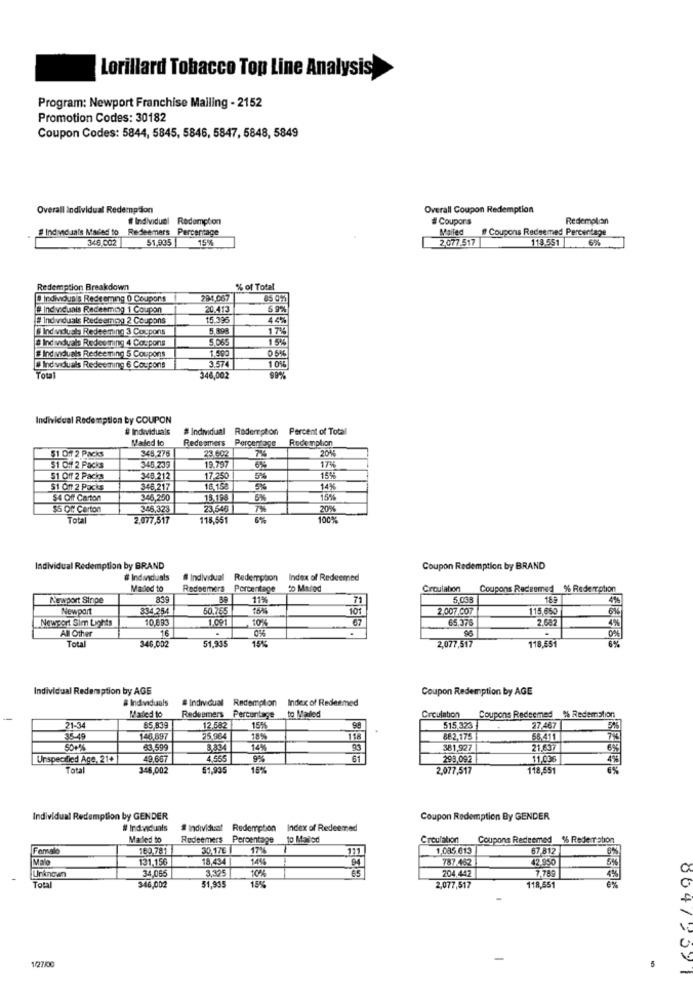
Lorillard Tobacco Top Line Analysis
Program: Newport Franchise Malling - 2152
Promotion Codes: 30182
Coupon Codes: 5844, 5845, 5846, 5847, 5848, 5849
Overall individual Redemption
Overall Coupon Redemption
# Individual
Redemption
#Coupors
Redemption
# Individuals Mailed to
Redeemers Percentage
Mailed
Coupons Redeemed Percentage
346.002
51.935
15%
2,077.517
118.551 6%
Redemption Breakdown
% of Total
individuais Redeeming 0 Coupons
201.067
85 0%%
# Individuals Redeeming 1 Coupon
20.413
5 9%
# Individuals Redeeming 2 Coupons
15.335
44%
S Indvidushs Redeeming 3 Cospons
5,898
17%
Individual Redeeming 4 Cosports
5.065
15%
05%
# Indanduals Redeeming 5 Coupons
1574
1 0%
# Individuals Redeeming 6 Coupons
Total
348,002
Individual Redemption by COUPON
# Individuals
# Individual
Redemption
Percent of Total
Maled to
Redesmers
Percentage
Redemplion
51 Of 2 Packs
345.276
23.602
74
20%
17%
$1 Off 2 Packs
346.239
19.797
5%
$1 Off 2 Packs
348 212
17-250
5%
155
S1 On 2 Packs
346,217
18.158
5%
14%
$4 Off Carton
346,250
15.194
15%
$5 Off Carton
346,323
23,546
20%
Total
2.077,517
118,551
6%
100%
Individual Redemption by BRAND
Coupon Redemption by BRAND
# Indanduals
# Individual
Rederrpoon
Index of Redeemed
Mailed to
Redeemers
Percentage
to Marod
Circulahon
Coupons Redeemed %% Rede Tption
Newport Stripe
11%
71
5,033
Newport
334.254
50.765
101
2.007.007
15.650
Newport Sim Lights
10,893
1.091
10%
67
65.376
2.587
All Other
.
51.935
0%
15%
96
118,551
0%
Tota
346,002
2,077,517
Individual Redemption by AGE
Coupon Redemption by AGE
# Individuals
# Individual
Redemption
Index of Redeemed
Circulation
Mailed to
Redeemers Percentage.
to Mailed
Coupons Redeemed
% Redemption
21-34
85.839
12,582
15%
515.323
27,467
35-49
146,697
25.964
18%
118
882,175
56,411
63,599
8,834
14%
93
381,927
21,637
Unspecified Age, 21+
49.667
4,565
9%
61
299,092
11.036
Total
346,002
51,935
15%
2,077,517
118,551
Individual Redemption by GENDER
Coupon Redemption By GENDER
# Individuals
# Individual
Redemption
Index of Redeemed
Mailed to
Redeemers Percentage to Mailed
Circulation
Coupons Redeemed % Rede ration
Female
160.781
30.176
17%
1.085.613
67.812
6%
Maio
131.156
18,434
14%
94
787.462
42.950
5%
Unknown
3.325
65
7.789
34,065
10%
15%
204.442
Total
346,002
51,935
2,077,517
118,551
-
1/27/000
864/2591